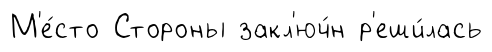
М'е́сто Стороны закл'юч́н р'еши́лась